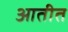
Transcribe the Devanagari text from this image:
आतीत